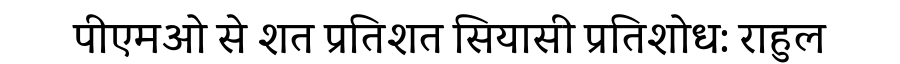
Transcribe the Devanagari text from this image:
पीएमओ से शत प्रतिशत सियासी प्रतिशोध: राहुल